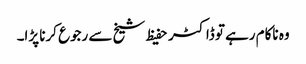
وہ ناکام رہے تو ڈاکٹر حفیظ شیخ سے رجوع کرنا پڑا۔